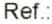
REF.: